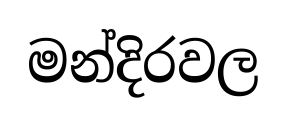
මන්දිරවල